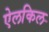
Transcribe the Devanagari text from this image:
ऐलकिल